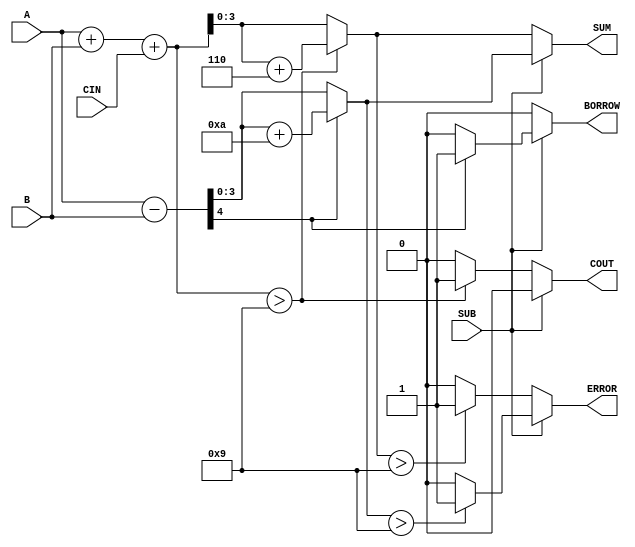
module BCD_Add_Subtracter (
    input  wire [3:0] A,      // First BCD digit
    input  wire [3:0] B,      // Second BCD digit
    input  wire SUB,          // Control signal for addition/subtraction
    input  wire CIN,          // Carry input for addition
    output reg  [3:0] SUM,    // Resulting BCD digit
    output reg  COUT,         // Carry output
    output reg  BORROW,       // Borrow output
    output reg  ERROR         // Error flag
);

    wire [4:0] binary_sum;    // 5-bit to accommodate carry
    wire [4:0] binary_diff;   // 5-bit to accommodate borrow
    wire [3:0] corrected_sum;  // Corrected sum for BCD
    wire [3:0] corrected_diff; // Corrected difference for BCD

    // Compute binary sum
    assign binary_sum = A + B + CIN;

    // Compute binary difference
    assign binary_diff = A - B;

    // BCD Correction for Addition
    always @(*) begin
        if (SUB == 0) begin // Addition
            if (binary_sum > 9) begin
                corrected_sum = binary_sum + 4'b0110; // Add 6 for BCD correction
                COUT = 1; // Set carry out
            end else begin
                corrected_sum = binary_sum;
                COUT = 0; // No carry out
            end
            SUM = corrected_sum;
            ERROR = (SUM > 9) ? 1 : 0; // Set error if SUM exceeds 9
            BORROW = 0; // No borrow in addition
        end else begin // Subtraction
            if (binary_diff[4] == 1) begin // Check for negative result
                corrected_diff = binary_diff + 4'b1010; // Add 10 for BCD correction
                BORROW = 1; // Set borrow
            end else begin
                corrected_diff = binary_diff;
                BORROW = 0; // No borrow
            end
            SUM = corrected_diff;
            ERROR = (SUM > 9) ? 1 : 0; // Set error if SUM exceeds 9
            COUT = 0; // No carry out in subtraction
        end
    end

endmodule